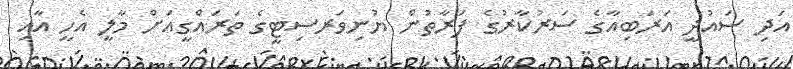
އަދި ސައުދީ އަރަބިއާގެ ސަރުކާރުގެ ފަރާތުން ޔުނިވަރސިޓީގެ ތަރައްގީއަށް މާލީ އެހީ އާއި